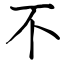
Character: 不